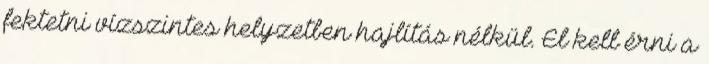
fektetni vízszintes helyzetben hajlítás nélkül. El kell érni a